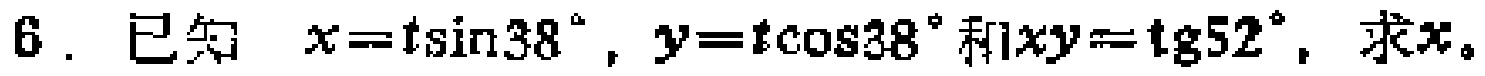
6. 已知 \(x = t\sin38^{\circ}\)，\(y = t\cos38^{\circ}\)和\(xy=\text{tg}52^{\circ}\)，求\(x\)。